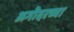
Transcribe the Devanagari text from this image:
अगॊदरच्या